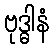
ဗုဒ္ဓါနံ